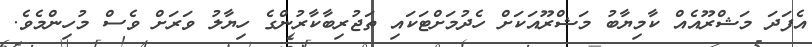
އެފަދަ މަޝްރޫއެއް ކާމިޔާބު މަޝްރޫއަކަށް ހެދުމަށްޓަކައި ތަޖުރިބާކާރުންގެ ހިޔާލު ވަރަށް ވެސް މުހިންމެވެ.